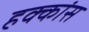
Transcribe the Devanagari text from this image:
हक्कांस